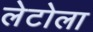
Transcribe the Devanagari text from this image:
लेटोला